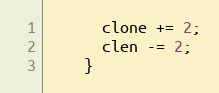
Language: C
      clone += 2;
      clen -= 2;
    }